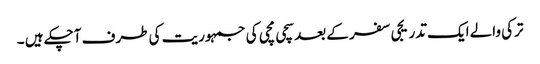
ترکی والے ایک تدریجی سفر کے بعد سچی مچی کی جمہوریت کی طرف آچکے ہیں ۔